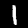
Digit: 1